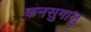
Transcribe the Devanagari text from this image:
कनसुगालु